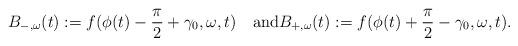
LaTeX: \begin{align*}B_{-,\omega}(t):=f(\phi(t)-\frac{\pi}{2}+\gamma_0,\omega,t)\quad\mbox{and}B_{+,\omega}(t):=f(\phi(t)+\frac{\pi}{2}-\gamma_0,\omega,t).\end{align*}